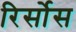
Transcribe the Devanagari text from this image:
रिर्सोस